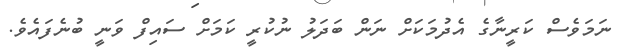
ނަމަވެސް ކަރީނާގެ އެދުމަކަށް ނަން ބަދަލު ނުކުރީ ކަމަށް ސައިފް ވަނީ ބުނެފައެވެ.